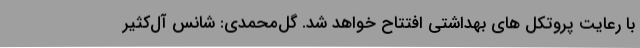
با رعایت پروتکل های بهداشتی افتتاح خواهد شد. گل‌محمدی: شانس آل‌کثیر